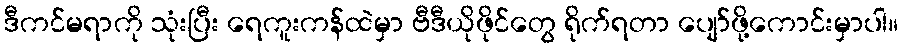
ဒီကင်မရာကို သုံးပြီး ရေကူးကန်ထဲမှာ ဗီဒီယိုဖိုင်တွေ ရိုက်ရတာ ပျော်ဖို့ကောင်းမှာပါ။